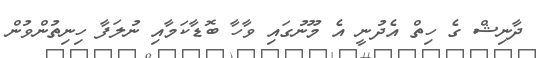
ދާނިޝް ގެ ހިތް އެދުނީ އެ މޫނުގައި ވާހާ ބޮޑާކަމާއި ނުލަފާ ހިނިތުންވުން